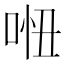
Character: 𠴐